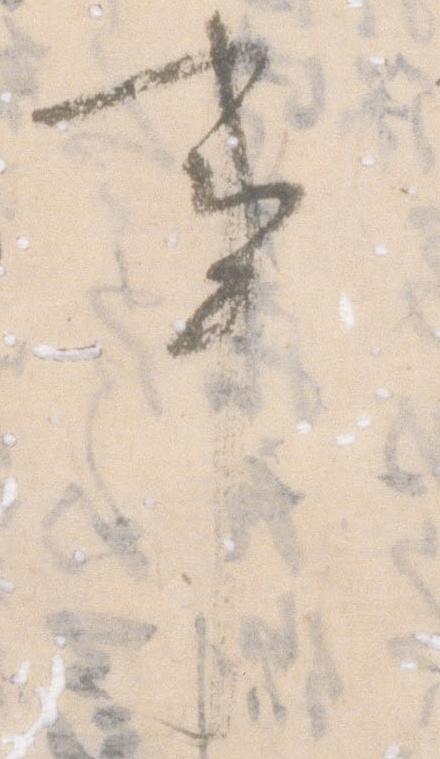
事